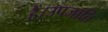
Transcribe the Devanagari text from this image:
हैं।उपजाति